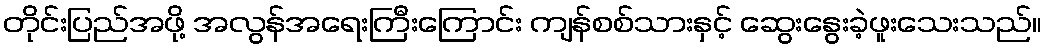
တိုင်းပြည်အဖို့ အလွန်အရေးကြီးကြောင်း ကျန်စစ်သားနှင့် ဆွေးနွေးခဲ့ဖူးသေးသည်။